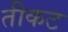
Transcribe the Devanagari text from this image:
तीकट